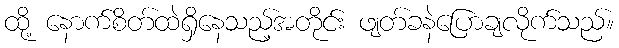
ထို့ နောက်စိတ်ထဲရှိနေသည့်အတိုင်း ဖျတ်ခနဲပြောချလိုက်သည်။